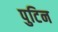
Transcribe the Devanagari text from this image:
पुटिन